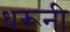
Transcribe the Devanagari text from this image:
धरूनी